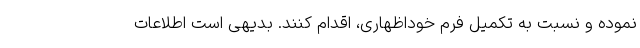
نموده و نسبت به تکمیل فرم خوداظهاری، اقدام کنند. بدیهی است اطلاعات